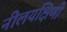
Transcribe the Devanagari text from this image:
नीलयक्षिणी